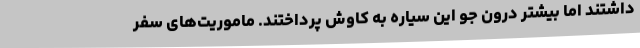
داشتند اما بیشتر درون جو این سیاره به کاوش پرداختند. ماموریت‌های سفر